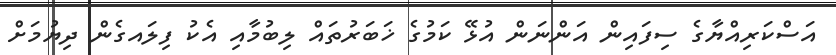
އަސްކަރިއްޔާގެ ސިފައިން އަންނަން އުޅޭ ކަމުގެ ޚަބަރުތައް ލިބުމާއި އެކު ފިލައގެން ދިޔުމަށް